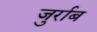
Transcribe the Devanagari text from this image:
जुर्राब